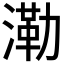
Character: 𣼷